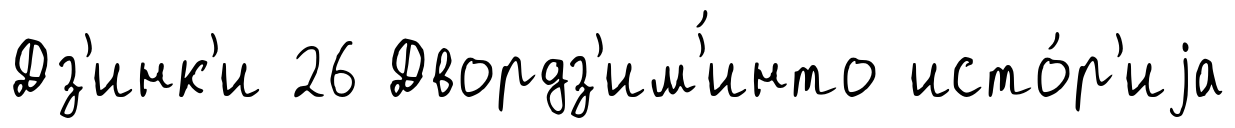
Дз'инк'и 26 Двордз'им'́инто исто́р'иjа